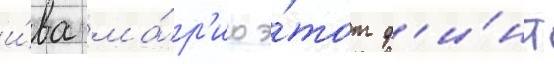
и́ва ма́р'ио э́тот ф'и́нт